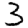
Digit: 3